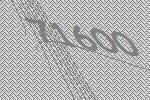
71600